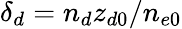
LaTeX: \delta_{d}=n_{d}z_{d0}/n_{e0}